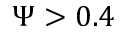
\Psi > 0 . 4